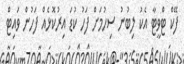
ފޭކް ޓްވީޓާ އެކު ލިބުނު ސިހުމަށް ފަހު ކުޑަ އިރުކޮޅެއް ފަހުން ވައިޓް